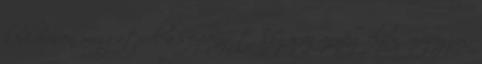
körkörösen mozgatjuk a serpenyőt, hogy az anyag éljen, mozogjon.